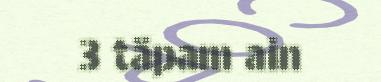
3 täpam ain